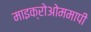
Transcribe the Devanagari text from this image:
माइक्रोओममापी